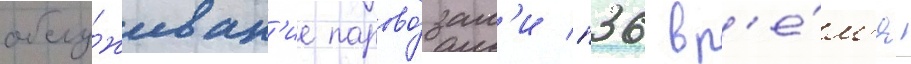
обслу́живан'ие парово́зам'и п36 вр'е́м'я